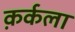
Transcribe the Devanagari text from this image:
क़र्कला